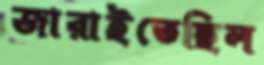
জারাইতেছিল